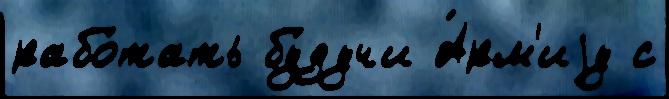
рабо́тать бу́дучи А́рм'иjу с